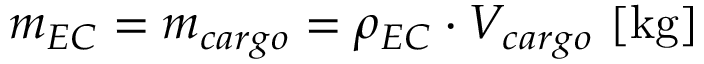
m _ { E C } = m _ { c a r g o } = \rho _ { E C } \cdot V _ { c a r g o } \ [ \mathrm { k g } ]